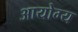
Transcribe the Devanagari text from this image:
आयोग्य